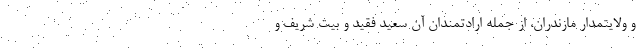
و ولایتمدار مازندران، از جمله ارادتمندان آن سعید فقید و بیت شریف و